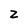
Character: Z